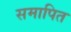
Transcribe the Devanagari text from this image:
समापित